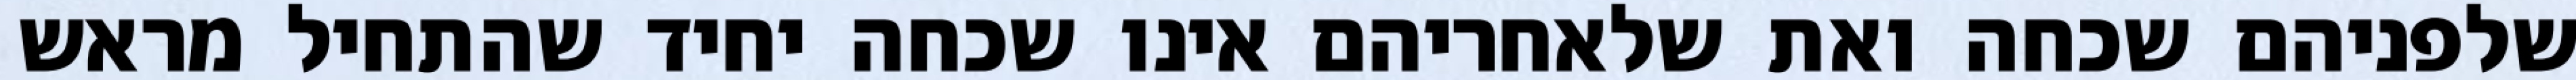
שלפניהם שכחה ואת שלאחריהם אינו שכחה יחיד שהתחיל מראש